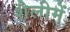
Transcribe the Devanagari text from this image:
शैलीमें